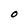
Character: O